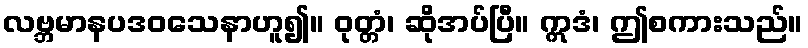
လဗ္ဘမာနပဒဝသေနာဟူ၍။ ဝုတ္တံ၊ ဆိုအပ်ပြီ။ ဣဒံ၊ ဤစကားသည်။